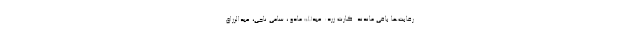
رقابت‌ها باقی ماندند. کارت زرد: عبدالله مادو ، سامی ناجی، عبدالرزاق